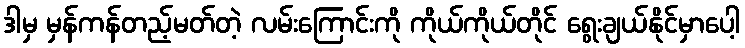
ဒါမှ မှန်ကန်တည့်မတ်တဲ့ လမ်းကြောင်းကို ကိုယ်ကိုယ်တိုင် ရွေးချယ်နိုင်မှာပေါ့